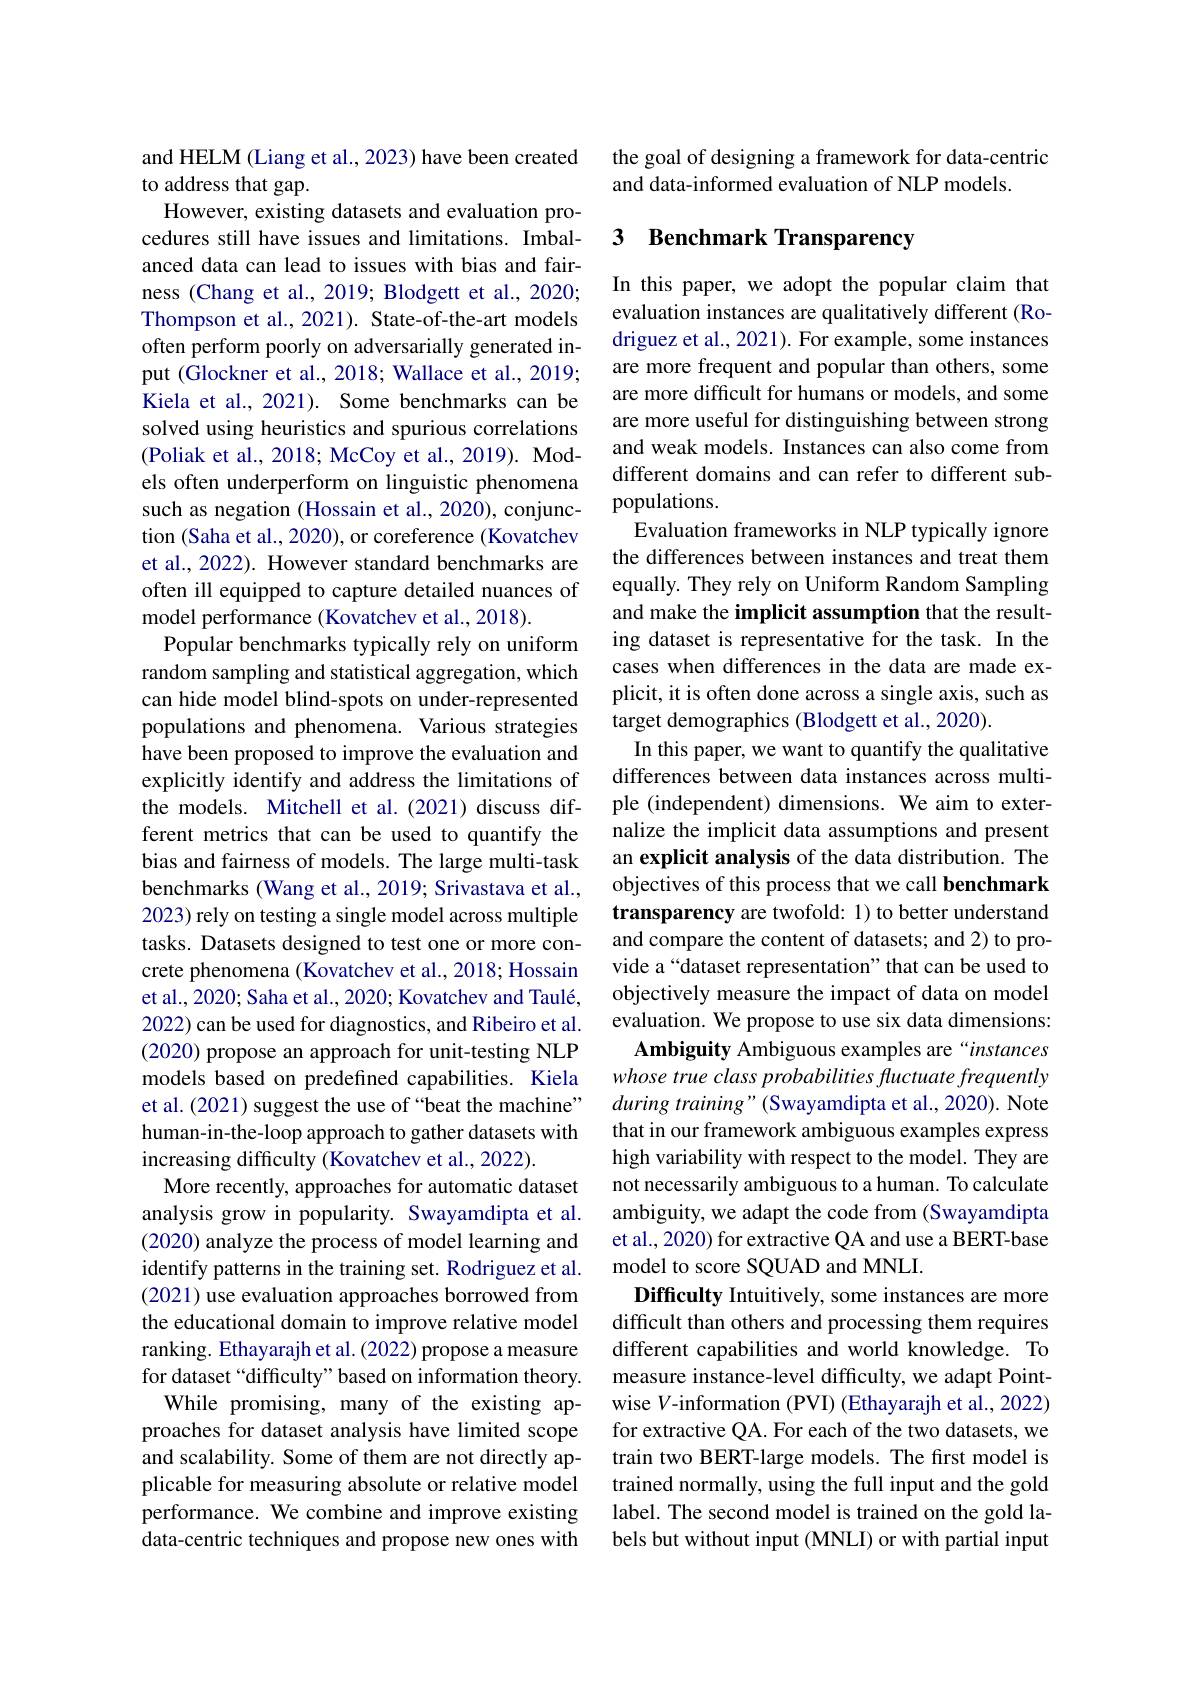
and HELM (Liang et al., 2023) have been created
to address that gap.
However, existing datasets and evaluation procedures still have issues and limitations. Imbalanced data can lead to issues with bias and fairness (Chang et al., 2019; Blodgett et al., 2020; Thompson et al.,2021). State-of-the-art models often perform poorly on adversarially generated input (Glockner et al., 2018; Wallace et al., 2019; Kiela et al., 2021). Some benchmarks can be solved using heuristics and spurious correlations (Poliak et al., 2018; McCoy et al., 2019). Models often underperform on linguistic phenomena such as negation (Hossain et al., 2020), conjunction (Saha et al., 2020), or coreference (Kovatchev et al., 2022). However standard benchmarks are often ill equipped to capture detailed nuances of model performance (Kovatchev et al.,2018).
Popular benchmarks typically rely on uniform random sampling and statistical aggregation, which can hide model blind-spots on under-represented populations and phenomena. Various strategies have been proposed to improve the evaluation and explicitly identify and address the limitations of the models. Mitchell et al.(2021) discuss different metrics that can be used to quantify the bias and fairness of models. The large multi-task benchmarks (Wang et al., 2019; Srivastava et al., 2023) rely on testing a single model across multiple tasks. Datasets designed to test one or more concrete phenomena (Kovatchev et al., 2018; Hossain et al., 2020; Saha et al., 2020; Kovatchev and Taulé, 2022) can be used for diagnostics, and Ribeiro et al. (2020) propose an approach for unit-testing NLP models based on predefined capabilities. Kiela et al. (2021) suggest the use of “beat the machine” human-in-the-loop approach to gather datasets with increasing difficulty (Kovatchev et al., 2022).
More recently, approaches for automatic dataset analysis grow in popularity. Swayamdipta et al. (2020) analyze the process of model learning and identify patterns in the training set. Rodriguez et al. (2021) use evaluation approaches borrowed from the educational domain to improve relative model ranking. Ethayarajh et al. (2022) propose a measure for dataset“difficulty”based on information theory.
While promising, many of the existing approaches for dataset analysis have limited scope and scalability. Some of them are not directly applicable for measuring absolute or relative model performance. We combine and improve existing data-centric techniques and propose new ones with

the goal of designing a framework for data-centric
and data-informed evaluation of NLP models.

## 3 Benchmark Transparency

In this paper, we adopt the popular claim that evaluation instances are qualitatively different (Rodriguez et al., 2021). For example, some instances are more frequent and popular than others, some are more difficult for humans or models, and some are more useful for distinguishing between strong and weak models. Instances can also come from different domains and can refer to different subpopulations.
Evaluation frameworks in NLP typically ignore the differences between instances and treat them equally. They rely on Uniform Random Sampling and make the implicit assumption that the resulting dataset is representative for the task. In the cases when differences in the data are made explicit, it is often done across a single axis, such as target demographics (Blodgett et al., 2020).
In this paper, we want to quantify the qualitative differences between data instances across multiple (independent) dimensions. We aim to externalize the implicit data assumptions and present an explicit analysis of the data distribution. The objectives of this process that we call benchmark transparency are twofold: 1) to better understand and compare the content of datasets; and 2) to provide a“dataset representation”that can be used to objectively measure the impact of data on model evaluation. We propose to use six data dimensions:
Ambiguity Ambiguous examples are“instances whose true class probabilities fuctuate frequently $during\textit{ training" ( Swayamdipta et al. , 2020) . Note}$ that in our framework ambiguous examples express high variability with respect to the model. They are not necessarily ambiguous to a human. To calculate ambiguity, we adapt the code from (Swayamdipta et al., 2020) for extractive QA and use a BERT-base model to score SQUAD and MNLI.
Difficulty Intuitively, some instances are more difficult than others and processing them requires different capabilities and world knowledge. To measure instance-level difficulty, we adapt Pointwise V-information (PVI) (Ethayarajh et al., 2022) for extractive QA. For each of the two datasets, we train two BERT-large models. The first model is trained normally, using the full input and the gold label. The second model is trained on the gold labels but without input (MNLI) or with partial input